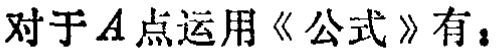
对于\(A\)点运用《公式》有：